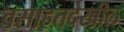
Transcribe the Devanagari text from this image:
वसाहतदेखील